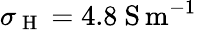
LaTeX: \sigma_{\mathrm{~H~}}=4.8\ \mathrm{S\, m^{-1}}